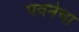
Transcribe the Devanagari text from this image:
पवनेचा